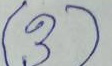
3